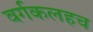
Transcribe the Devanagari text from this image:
वर्गकलहच